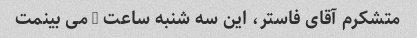
متشکرم آقای فاستر، این سه شنبه ساعت 7 می بینمت